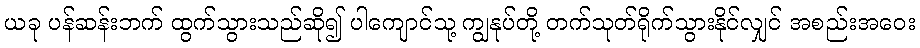
ယခု ပန်ဆန်းဘက် ထွက်သွားသည်ဆို၍ ပါကျောင်သု့ ကျွနုပ်တို့ တက်သုတ်ရိုက်သွားနိုင်လျှင် အစည်းအဝေး